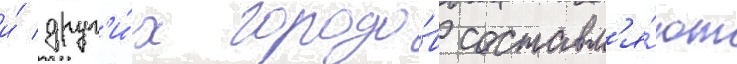
и́ друг'и́х городо́в составл'я́ют